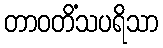
တာဝတိံသပရိသာ